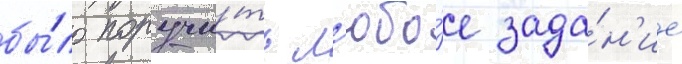
бы́ло поручи́ть л'юбо́е зада́н'ие